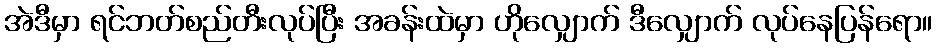
အဲဒီမှာ ရင်ဘတ်စည်တီးလုပ်ပြီး အခန်းထဲမှာ ဟိုလျှောက် ဒီလျှောက် လုပ်နေပြန်ရော။